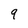
Character: 9